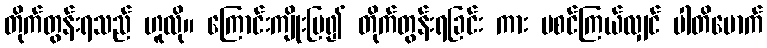
တိုက်တွန်းရသည် ဟူလို။ ကြောင်းကျိုးပြ၍ တိုက်တွန်းရခြင်း ကား မစင်ကြယ်လျှင် ပါတိမောက်